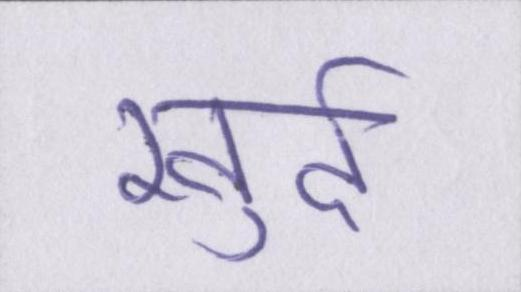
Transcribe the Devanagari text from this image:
खुर्द